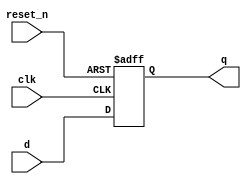
module _dff_3_r(clk, reset_n, d, q);					//3bit resettable flip flop
	input clk, reset_n;										// 2inputs
	input [2:0]	d;												// 3bits input
	output [2:0] q;											// 3bits output
	reg [2:0] q;												// 3bits reg
	
	always @ (posedge clk or negedge reset_n)			//whenever clk is rising edge or reset_n is falling edge
	begin
		if(reset_n == 0)	q <= 1'b0;						// if reset = 0, q is always 0
		else 					q <= d;							// otherwise q=d
	end
	
endmodule